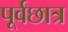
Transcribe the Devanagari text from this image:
पूर्वछात्र